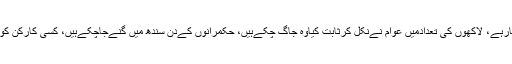
ان کا کہنا تھا کہ امن میرےکارکنوں کاسب سےبڑاہتھیارہے، لاکھوں کی تعدادمیں عوام نےنکل کرثابت کیاوہ جاگ چکےہیں، حکمرانوں کےدن سندھ میں گنےجاچکےہیں، کسی کارکن کو گولی، کسی کو ڈنڈے مارے گئے،کیا یہ اسرائیل ہے؟